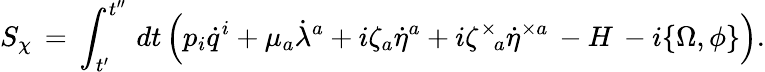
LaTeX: S_{\chi}\, =\, \int_{t^{\prime}}^{t^{\prime\prime}}\, dt\left(p_{i}\dot{q}^{i}+\mu_{a}\dot{\lambda}^{a}+i\zeta_{a}\dot{\eta}^{a}+i\zeta^{\times}{\! }_{a}\dot{\eta}^{\times a}\, -H\, -i\{ \Omega,\phi\} \right).